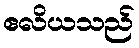
ဧလိယသည်